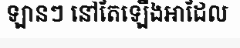
ឡានៗ នៅតែឡើងអាដែល